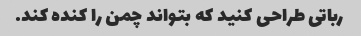
رباتی طراحی کنید که بتواند چمن را کنده کند.